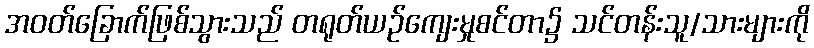
အဝတ်ခြောက်ဖြစ်သွားသည် တရုတ်ယဉ်ကျေးမှုစင်တာ၌ သင်တန်းသူ/သားများကို